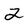
Character: 2